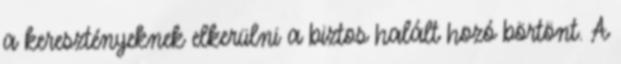
a keresztényeknek elkerülni a biztos halált hozó börtönt. A